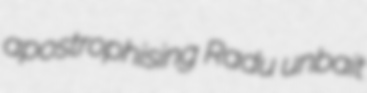
apostrophising Radu unbait